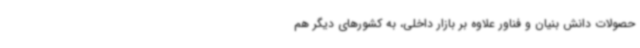
حصولات دانش بنیان و فناور علاوه بر بازار داخلی، به کشورهای دیگر هم